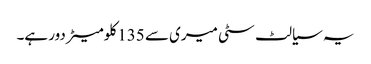
یہ سیالٹ سٹی میری سے 135 کلومیٹر دور ہے۔